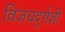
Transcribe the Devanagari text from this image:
विजयदुर्गशी